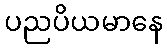
ပညပိယမာနေ